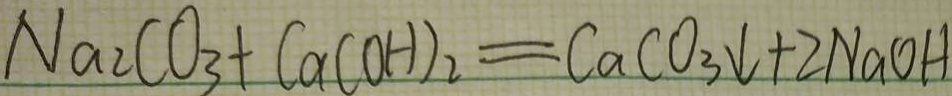
N a _ { 2 } C O _ { 3 } + C a ( O H ) _ { 2 } = C a C O _ { 3 } \downarrow + 2 N a O H